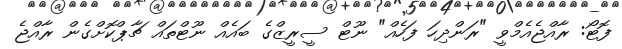
ފޮޓޯ: ރާއްޖެއެމްވީ "ރަންދިހަ ފަހެއް" ނޫޓް ސީރީޒްގެ ބައެއް ނޫޓްތައް ޗާޕްކޮށްގެން ރާއްޖެ